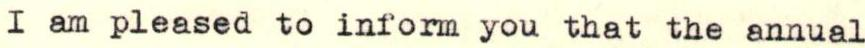
I am pleased to inform you that the annual